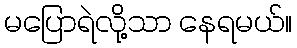
မပြောရဲလို့သာ နေရမယ်။